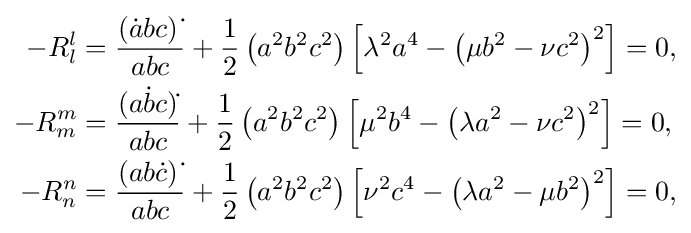
{\begin{aligned}-R_{l}^{l}&={\frac {\left({\dot {a}}bc\right){\dot {}}}{abc}}+{\frac {1}{2}}\left(a^{2}b^{2}c^{2}\right)\left[\lambda ^{2}a^{4}-\left(\mu b^{2}-\nu c^{2}\right)^{2}\right]=0,\\-R_{m}^{m}&={\frac {(a{\dot {b}}c){\dot {}}}{abc}}+{\frac {1}{2}}\left(a^{2}b^{2}c^{2}\right)\left[\mu ^{2}b^{4}-\left(\lambda a^{2}-\nu c^{2}\right)^{2}\right]=0,\\-R_{n}^{n}&={\frac {\left(ab{\dot {c}}\right){\dot {}}}{abc}}+{\frac {1}{2}}\left(a^{2}b^{2}c^{2}\right)\left[\nu ^{2}c^{4}-\left(\lambda a^{2}-\mu b^{2}\right)^{2}\right]=0,\\\end{aligned}}